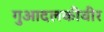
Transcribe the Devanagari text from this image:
गुआदलकीवीर